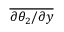
\overline { { { \partial \theta _ { 2 } } / { \partial y } } }